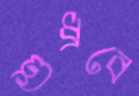
শুধ্‌রবে